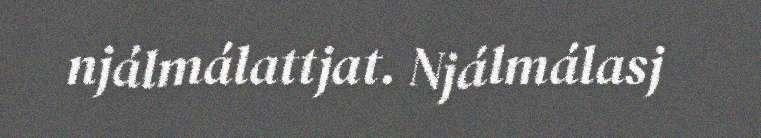
njálmálattjat. Njálmálasj